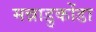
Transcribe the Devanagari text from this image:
मन्नाडुकोंडा